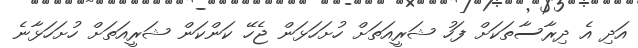
އަދި އެ ދިރާސާތަކަށް ފަހު ޝަރީއަތަށް ހުށަހަޅަން ޖެހޭ ކަންކަން ޝަރީއަތަށް ހުށަހަޅާނެ